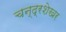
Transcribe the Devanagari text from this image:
चन्‍द्रशेखर